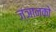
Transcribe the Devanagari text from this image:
ज्ञानको